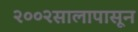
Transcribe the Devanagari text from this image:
२००२सालापासून